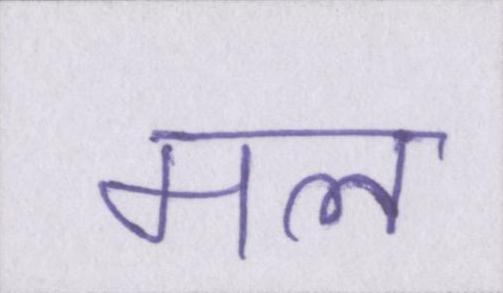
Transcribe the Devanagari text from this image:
मल